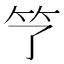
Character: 𮵫